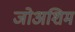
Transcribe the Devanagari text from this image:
जोअशिम